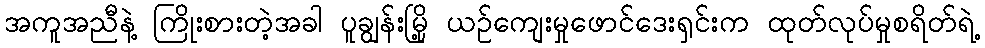
အကူအညီနဲ့ ကြိုးစားတဲ့အခါ ပူချွန်းမြို့ ယဉ်ကျေးမှုဖောင်ဒေးရှင်းက ထုတ်လုပ်မှုစရိတ်ရဲ့